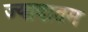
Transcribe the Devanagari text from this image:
ज्यादातम